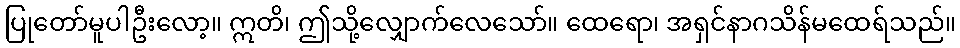
ပြုတော်မူပါဦးလော့။ ဣတိ၊ ဤသို့လျှောက်လေသော်။ ထေရော၊ အရှင်နာဂသိန်မထေရ်သည်။